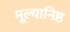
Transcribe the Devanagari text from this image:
मूल्यानिष्ठ